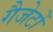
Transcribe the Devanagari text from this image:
गैजेटों